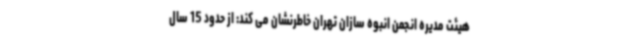
هیئت مدیره انجمن انبوه سازان تهران خاطرنشان می کند: از حدود 15 سال